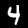
Digit: 4